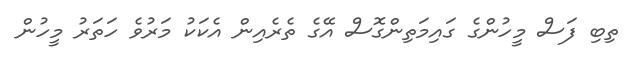
ތިބި ފަަސް މީހުންގެ ގައިމަތިންގޮސް އޭގެ ތެރެއިން އެކަކު މަރުވެ ހަތަރު މީހުން